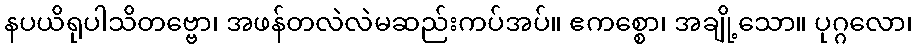
နပယိရုပါသိတဗ္ဗော၊ အဖန်တလဲလဲမဆည်းကပ်အပ်။ ဧကစ္စော၊ အချို့သော။ ပုဂ္ဂလော၊